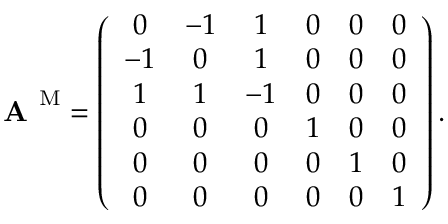
\textbf { A } ^ { \mathrm { M } } = \left( \begin{array} { c c c c c c } { 0 } & { - 1 } & { 1 } & { 0 } & { 0 } & { 0 } \\ { - 1 } & { 0 } & { 1 } & { 0 } & { 0 } & { 0 } \\ { 1 } & { 1 } & { - 1 } & { 0 } & { 0 } & { 0 } \\ { 0 } & { 0 } & { 0 } & { 1 } & { 0 } & { 0 } \\ { 0 } & { 0 } & { 0 } & { 0 } & { 1 } & { 0 } \\ { 0 } & { 0 } & { 0 } & { 0 } & { 0 } & { 1 } \end{array} \right) .